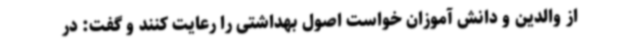
از والدین و دانش آموزان خواست اصول بهداشتی را رعایت کنند و گفت: در